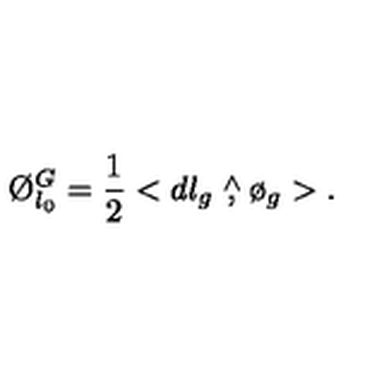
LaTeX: \O _ { l _ { 0 } } ^ { G } = \frac { 1 } { 2 } < d l _ { g } \stackrel { \wedge } { , } \o _ { g } > .